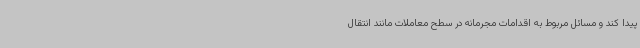
پیدا کند و مسائل مربوط به اقدامات مجرمانه در سطح معاملات مانند انتقال